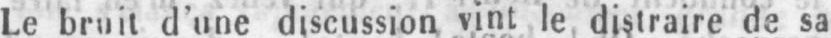
Le bruit d’une discussion vint le distraire de sa